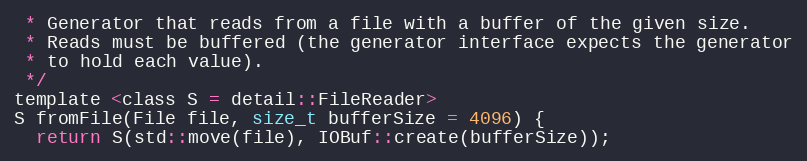
Language: C
 * Generator that reads from a file with a buffer of the given size.
 * Reads must be buffered (the generator interface expects the generator
 * to hold each value).
 */
template <class S = detail::FileReader>
S fromFile(File file, size_t bufferSize = 4096) {
  return S(std::move(file), IOBuf::create(bufferSize));